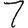
Digit: 7